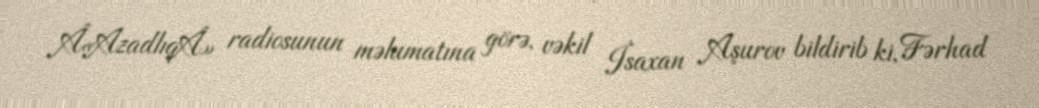
Â«AzadlıqÂ» radiosunun məlumatına görə, vəkil İsaxan Aşurov bildirib ki, Fərhad